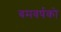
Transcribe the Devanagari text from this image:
बमवर्षको